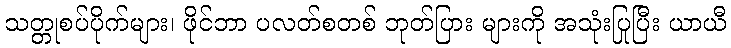
သတ္တုစပ်ပိုက်များ၊ ဖိုင်ဘာ ပလတ်စတစ် ဘုတ်ပြား များကို အသုံးပြုပြီး ယာယီ